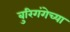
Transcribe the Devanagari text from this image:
बुरिगंगेच्या